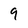
Character: 9